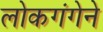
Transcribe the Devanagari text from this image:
लोकगंगेने